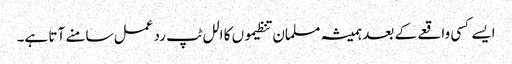
ایسے کسی واقعے کے بعد ہمیشہ مسلمان تنظیموں کا الل ٹپ رد عمل سامنے آتا ہے۔